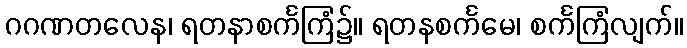
ဂဂဏတလေန၊ ရတနာစင်္ကကြံ၌။ ရတနစင်္ကမေ၊ စင်္ကကြံလျက်။